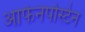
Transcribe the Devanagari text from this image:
आफेनपोस्टेन